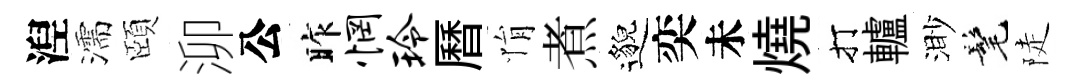
湼濡頤泖公昨惘玲曆悁煮邈奕未燒打轤渺髦陡